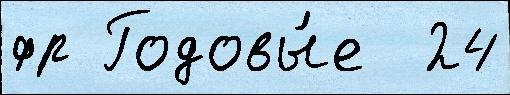
фр Годовы́е  24